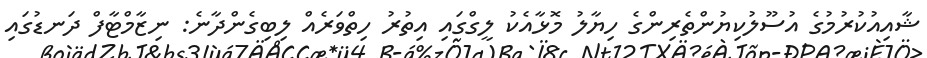
ޝާއިއުކުރުމުގެ އުސޫލުކިޔުންތެރިންގެ ހިޔާލު މޮޅާއެކު ލީގްގައި އިތުރު ހިތްވަރެއް ލިބިގެންދާނެ: ނިޒާމްޓާފް ދަނޑުގައި